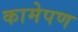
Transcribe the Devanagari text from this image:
कामेपण